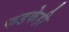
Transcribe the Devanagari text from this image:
फडकेही